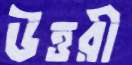
উত্তরী